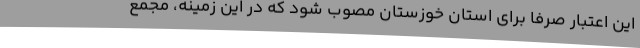
این اعتبار صرفا برای استان خوزستان مصوب شود که در این زمینه، مجمع